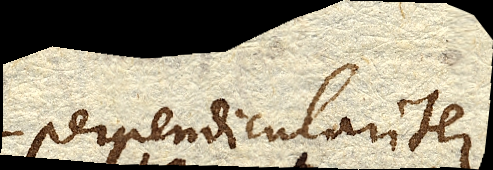
perpendiculariter